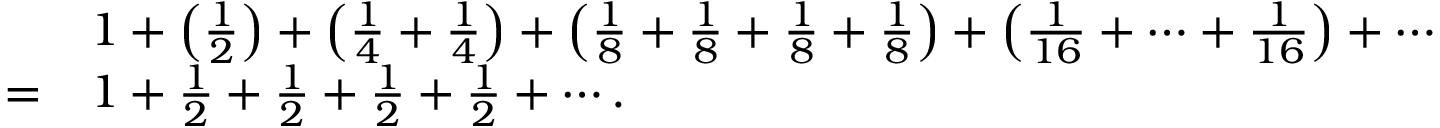
{ \begin{array} { r l } & { 1 + \left( { \frac { 1 } { 2 } } \right) + \left( { \frac { 1 } { 4 } } + { \frac { 1 } { 4 } } \right) + \left( { \frac { 1 } { 8 } } + { \frac { 1 } { 8 } } + { \frac { 1 } { 8 } } + { \frac { 1 } { 8 } } \right) + \left( { \frac { 1 } { 1 6 } } + \cdots + { \frac { 1 } { 1 6 } } \right) + \cdots } \\ { = } & { 1 + { \frac { 1 } { 2 } } + { \frac { 1 } { 2 } } + { \frac { 1 } { 2 } } + { \frac { 1 } { 2 } } + \cdots . } \end{array} }